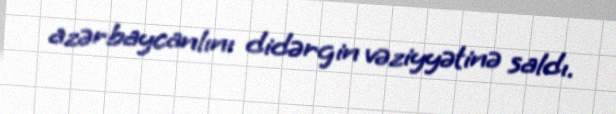
azərbaycanlını didərgin vəziyyətinə saldı.